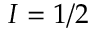
I = 1 / 2